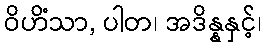
ဝိဟိံသာ, ပါတ၊ အဒိန္နနှင့်၊